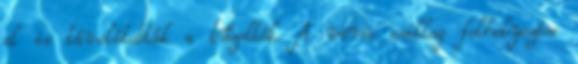
el is távolították a tűzoltók. A vörös csillag felhelyezése